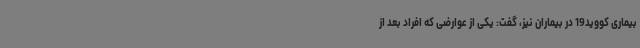
بیماری کووید19 در بیماران نیز، گفت: یکی از عوارضی که افراد بعد از